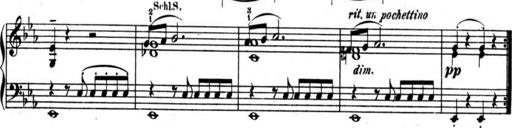
Title: AusgewÃ¤hlte Sonaten
Composer: Muzio Clementi